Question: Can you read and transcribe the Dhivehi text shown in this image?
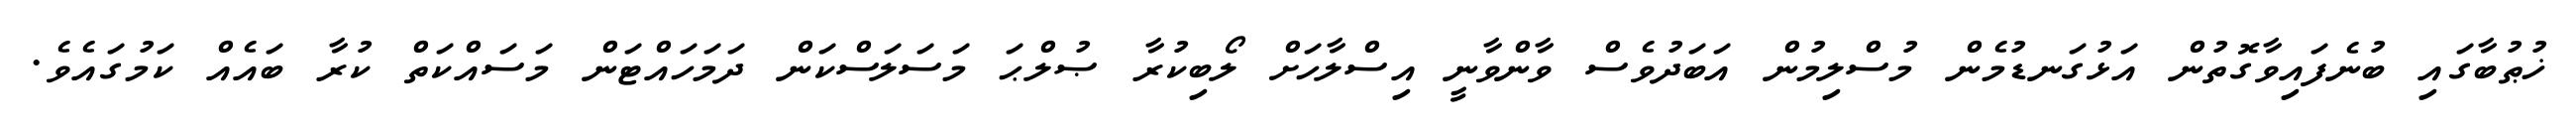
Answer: ޚުޠުބާގައި ބުނެފައިވާގޮތުން އަޅުގަނޑުމެން މުސްލިމުން އަބަދުވެސް ވާންވާނީ އިސްލާހަށް ލޯބިކުރާ ޞުލްޙަ މަސަލަސްކަން ދަމަހައްޓަން މަސައްކަތް ކުރާ ބައެއް ކަމުގައެވެ.